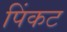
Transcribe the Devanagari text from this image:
पिंकट